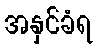
အနှင်ခံရ